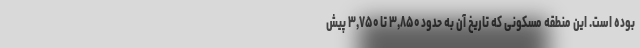
بوده است. این منطقه مسکونی که تاریخ آن به حدود ۳,۸۵۰ تا ۳,۷۵۰ پیش